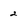
Character: 2